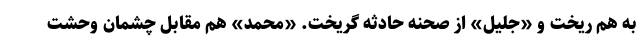
به هم ریخت و «جلیل» از صحنه حادثه گریخت. «محمد» هم مقابل چشمان وحشت